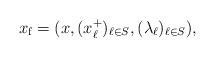
LaTeX: \begin{align*}x_{\textup{f}}=(x,(x_{\ell}^+)_{\ell\in S}, (\lambda_{\ell})_{\ell\in S}),\end{align*}